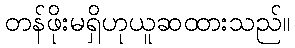
တန်ဖိုးမရှိဟုယူဆထားသည်။